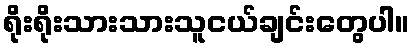
ရိုးရိုးသားသားသူငယ်ချင်းတွေပါ။